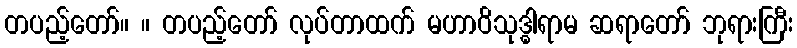
တပည့်တော်။ ။ တပည့်တော် လုပ်တာထက် မဟာဝိသုဒ္ဓါရာမ ဆရာတော် ဘုရားကြီး